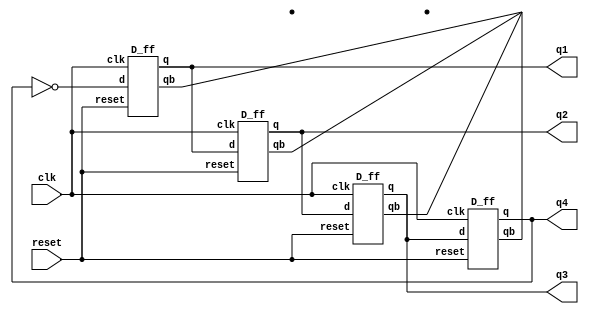
module  johnson_counter(q1, q2, q3, q4, clk, reset);

    input clk, reset;
    output reg q1, q2, q3, q4;

    wire [3:0] k;

    D_ff dff1 (k[3], , !k[0], clk, reset);
    D_ff dff2 (k[2], , k[3], clk, reset);
    D_ff dff3 (k[1], , k[2], clk, reset);
    D_ff dff4 (k[0], , k[1], clk, reset);

    
    always @ (k)
        begin
            q1 <= k[3];
            q2 <= k[2];
            q3 <= k[1];
            q4 <= k[0];
        end

endmodule

module D_ff(q, qb, d, clk, reset);

    input d, clk, reset;
    output q, qb;
    reg q, qb;
    
    always @ (posedge clk, negedge reset)
        begin
            if (!reset)
            begin
                q <= 1'b0; qb <= 1'b1;
            end
            else if (d == 1'b0)
            begin
                q <= 1'b0; qb <= 1'b1;
            end
            else
            begin
                q <= 1'b1; qb <= 1'b0;
            end
        end
endmodule